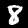
Label: 8